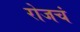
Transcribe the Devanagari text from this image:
रोजचं